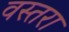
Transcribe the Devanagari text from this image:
वस्तरा